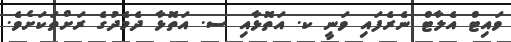
ވައިޓް އެލާޓް ނެރެފައި ވަނީ ކ. އަތޮޅާއި ސ. އަތޮޅާ ދެމެދުގެ ރަށްތަކަށެވެ.